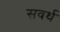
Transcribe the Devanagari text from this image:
सवर्थ